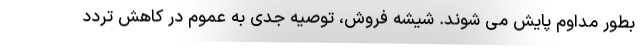
بطور مداوم پایش می شوند. شیشه فروش، توصیه جدی به عموم در کاهش تردد